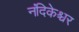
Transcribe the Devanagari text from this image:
नंदिकेश्चर